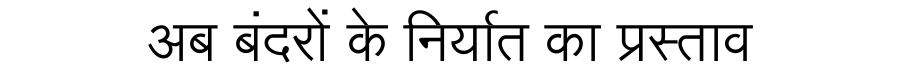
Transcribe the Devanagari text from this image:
अब बंदरों के निर्यात का प्रस्ताव